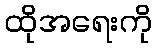
ထိုအရေးကို